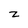
Character: z